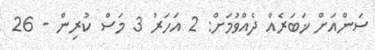
ސަންއަށް ޚަބަރެއް ދެއްވުމަށް: 2 އަހަރު 3 މަސް ކުރިން - 26